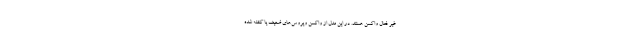
غیر فعال واکسن هستند. در این مدل از واکسن ویروس‌های ضعیف یا کشته شده